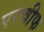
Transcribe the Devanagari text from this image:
एरचीफ